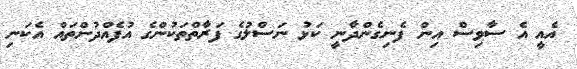
އެއީ އެ ސާވިސް އިން ފެނިގެންދާނީ ކަޅު ނަސްލުގެ ފަރާތްތަކުންގެ އުފެއްދުންތައް އެކަނި